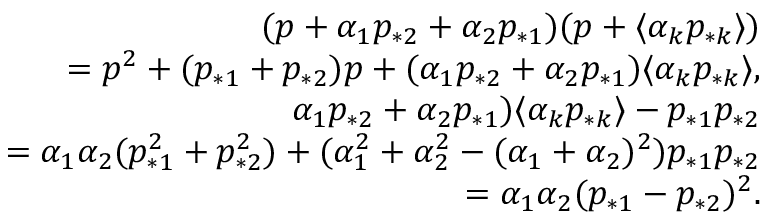
\begin{array} { r } { ( p + \alpha _ { 1 } p _ { * 2 } + \alpha _ { 2 } p _ { * 1 } ) ( p + \langle \alpha _ { k } p _ { * k } \rangle ) } \\ { = p ^ { 2 } + ( p _ { * 1 } + p _ { * 2 } ) p + ( \alpha _ { 1 } p _ { * 2 } + \alpha _ { 2 } p _ { * 1 } ) \langle \alpha _ { k } p _ { * k } \rangle , } \\ { \alpha _ { 1 } p _ { * 2 } + \alpha _ { 2 } p _ { * 1 } ) \langle \alpha _ { k } p _ { * k } \rangle - p _ { * 1 } p _ { * 2 } } \\ { = \alpha _ { 1 } \alpha _ { 2 } ( p _ { * 1 } ^ { 2 } + p _ { * 2 } ^ { 2 } ) + ( \alpha _ { 1 } ^ { 2 } + \alpha _ { 2 } ^ { 2 } - ( \alpha _ { 1 } + \alpha _ { 2 } ) ^ { 2 } ) p _ { * 1 } p _ { * 2 } } \\ { = \alpha _ { 1 } \alpha _ { 2 } ( p _ { * 1 } - p _ { * 2 } ) ^ { 2 } . } \end{array}